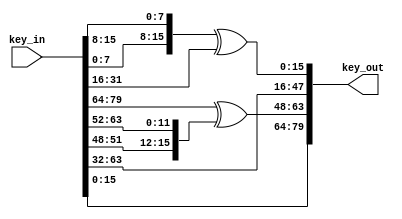
module FeistelKey (input [79:0] key_in, output reg [79:0] key_out);

always @(*)  begin
 key_out[15:0]  = {key_in[7:0],key_in[15:8]} ^ key_in[31:16];
 key_out[31:16] = key_in[47:32];
 key_out[47:32] = key_in[63:48];
 key_out[63:48] = key_in[79:64] ^ {key_in[51:48],key_in[63:52]};
 key_out[79:64] = key_in[15:0];

end
endmodule